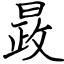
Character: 晸